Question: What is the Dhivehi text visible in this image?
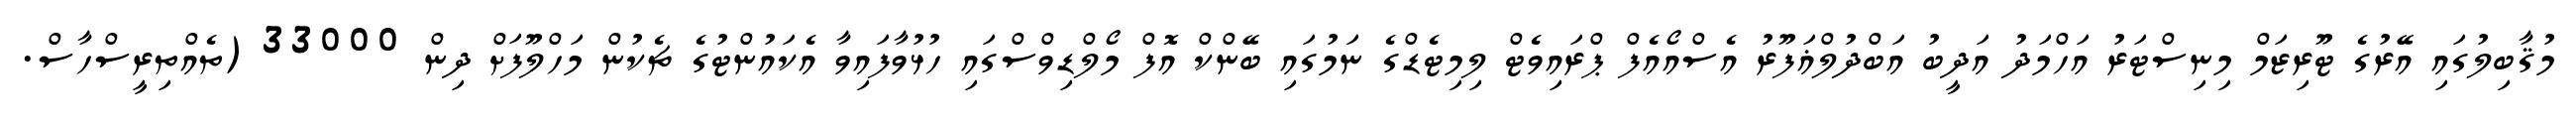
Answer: މުޤާބިލުގައި އޭރުގެ ޓޫރިޒަމް މިނިސްޓަރު އަހްމަދު އަދީބު އަބްދުލްޣަފޫރު އެސްއޯއެފް ޕްރައިވެޓް ލިމިޓެޑްގެ ނަމުގައި ބޭންކް އޮފް މޯލްޑިވްސްގައި ހުޅުވާފައިވާ އެކައުންޓުގެ ޗެކުން މަހްލޫފަށް ދިން 33000 (ތެއްތިރީސްހާސް.